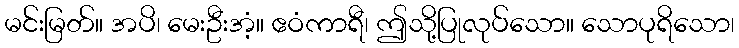
မင်းမြတ်။ အပိ၊ မေးဦးအံ့။ ဧဝံကာရီ၊ ဤသို့ပြုလုပ်သော။ သောပုရိသော၊